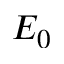
E _ { 0 }